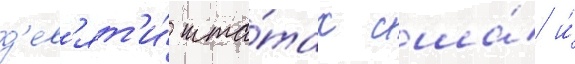
д'ев'ят'и́ шта́тах сша́ и́